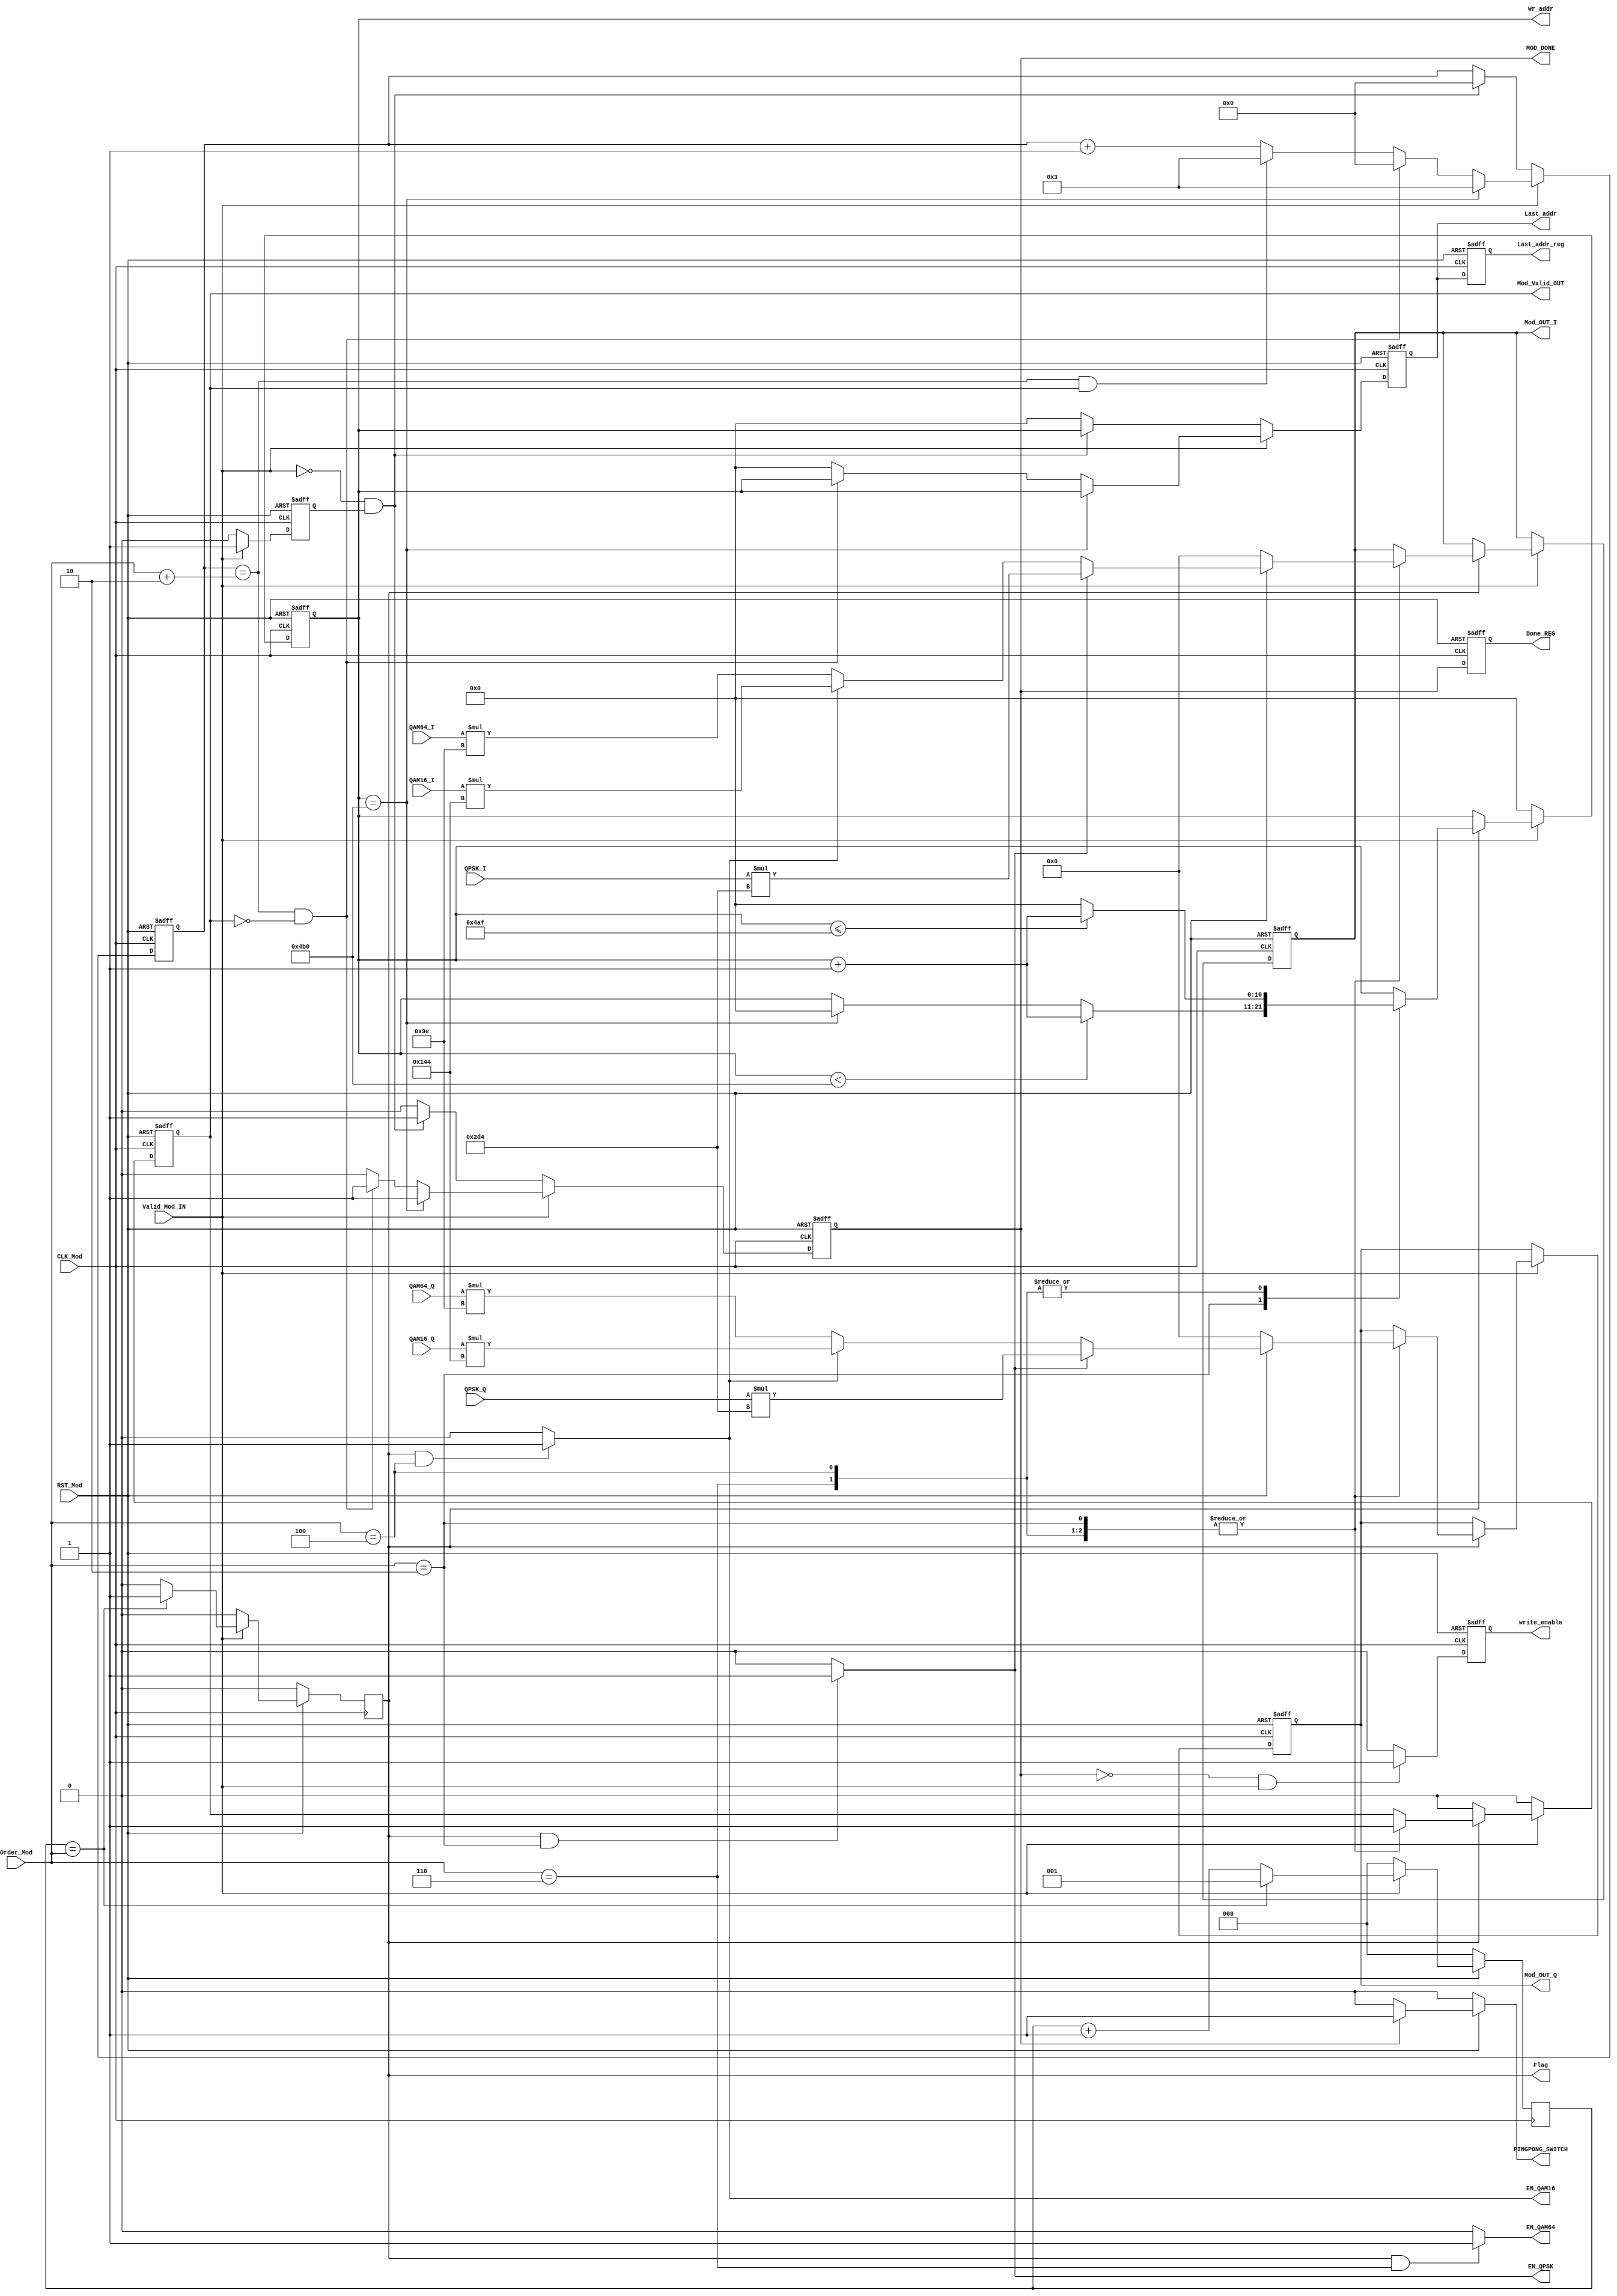
module Mod_Mapper#(parameter LUT_WIDTH = 18 , parameter OUT_WIDTH = 34 )(

    input wire CLK_Mod , 
    input wire RST_Mod , 
    input wire Valid_Mod_IN , 
    input wire [2:0] Order_Mod ,
    input wire signed [LUT_WIDTH-1:0] QPSK_I ,
    input wire signed [LUT_WIDTH-1:0] QPSK_Q ,
    input wire signed [LUT_WIDTH-1:0] QAM16_I,
    input wire signed [LUT_WIDTH-1:0] QAM16_Q,
    input wire signed [LUT_WIDTH-1:0] QAM64_I,
    input wire signed [LUT_WIDTH-1:0] QAM64_Q,
    
    output wire EN_QPSK , 
    output wire EN_QAM16 ,
    output wire EN_QAM64 ,

    output reg Flag ,
    output reg Mod_Valid_OUT ,
    output reg [10:0] Wr_addr ,  
    output reg write_enable , 
    output reg MOD_DONE , 
    output reg [10:0] Last_addr , 
    output reg signed [LUT_WIDTH-1:0] Mod_OUT_I , 
    output reg signed [LUT_WIDTH-1:0] Mod_OUT_Q , 
    output reg Done_REG , 
    output reg [10:0] Last_addr_reg , 
    output reg PINGPONG_SWITCH 

);

reg [2:0] Counter ; 
reg signed [OUT_WIDTH-1:0] I_reg ;
reg signed [OUT_WIDTH-1:0] Q_reg ;
reg [3:0] PingPong_Counter ;
reg Valid_reg ;  

localparam signed [LUT_WIDTH-1:0] QPSK_Fac =  'd724;
localparam signed [LUT_WIDTH-1:0] QAM16_Fac = 'd324;
localparam signed [LUT_WIDTH-1:0] QAM64_Fac = 'd158;


always@(posedge CLK_Mod) begin
   if(!RST_Mod) begin
        Counter <= 0 ;
        Flag <= 0 ;
   end
   else if (Valid_Mod_IN ==1 ) begin        
        if (Counter == Order_Mod) begin
            Flag <= 1 ; 
            Counter <= 1 ;
        end
        else begin
            Counter <= Counter + 1'b1 ;
            Flag <= 0 ;
        end    
   end else begin            
            Counter <= 0;
            Flag <= 0 ;
   end
end

always@(posedge CLK_Mod or negedge RST_Mod) begin
   if(!RST_Mod) begin 
        PingPong_Counter <= 0 ; 
        MOD_DONE <= 0 ;   
        Last_addr <= 0 ; 

   end
   else if (Valid_Mod_IN == 1 ) begin        
            if(Wr_addr == 1200) begin
                PingPong_Counter <= 3 ; 
                MOD_DONE <= 1 ; 
                Last_addr <= Wr_addr ;   
            end
          else if ((PingPong_Counter == Order_Mod+2) && !Mod_Valid_OUT) begin 
                PingPong_Counter <= 0 ; 
                MOD_DONE <= 1 ;  
                Last_addr <= Wr_addr ;

          end else if ((PingPong_Counter == Order_Mod+2) && Mod_Valid_OUT) begin 
                PingPong_Counter <= 3 ; 
                MOD_DONE <= 0 ;  
                Last_addr <= 0 ;

          end
          else begin  
                PingPong_Counter <= PingPong_Counter +1 ; 
                MOD_DONE <= 0 ;   
                Last_addr <= 0 ;

          end
   end 
   else if ( (!Valid_Mod_IN) && (Valid_reg) ) begin 
                PingPong_Counter <= 0 ; 
                MOD_DONE <= 1 ;  
                Last_addr <= Wr_addr ; 
   end
   else
        begin
            MOD_DONE <= 0;
            Last_addr <= 0;
        end    
end

always@(*) begin 

    if(!RST_Mod)
        PINGPONG_SWITCH = 0 ;  
    else if (MOD_DONE) 
        PINGPONG_SWITCH =1 ;     
    else 
        PINGPONG_SWITCH = 0 ; 
end    



always@(posedge CLK_Mod or negedge RST_Mod) begin
    if(!RST_Mod) begin
        Mod_OUT_I <= 0 ;
        Mod_OUT_Q <= 0 ;

        Mod_Valid_OUT <= 0 ; 
        Wr_addr <= 'b0 ;    
    end
    
    else if (!Valid_Mod_IN) begin 
        Wr_addr <= 'b0 ;    
        Mod_Valid_OUT <= 0 ; 
 
    end    
  else if (Valid_Mod_IN ) begin
     if (Flag)begin
        case(Order_Mod)
        2: begin 

            Mod_OUT_I <=  I_reg[LUT_WIDTH-1:0] ;
            Mod_OUT_Q <=  Q_reg[LUT_WIDTH-1:0]  ;
            Mod_Valid_OUT <= 1'b1 ;
            if(Wr_addr < 1200) begin
                  Wr_addr <= Wr_addr + 1 ; 
            end else if (Wr_addr == 1200) begin 
                  Wr_addr <= 0 ;   
            end    
                
        end
        4 : begin 
              
            Mod_OUT_I <=  I_reg[LUT_WIDTH-1:0] ;
            Mod_OUT_Q <=  Q_reg[LUT_WIDTH-1:0]  ;            
            Mod_Valid_OUT <= 1'b1 ;
            if(Wr_addr <=1199) begin
                    Wr_addr <= Wr_addr + 1 ; 
            end else begin 
                  Wr_addr <= 0 ;   
            end  

        end

        6 :  begin 
            Mod_OUT_I <=  I_reg[LUT_WIDTH-1:0] ;
            Mod_OUT_Q <=  Q_reg[LUT_WIDTH-1:0]  ;
            Mod_Valid_OUT <= 1'b1 ;
            if(Wr_addr <=1199) begin
                    Wr_addr <= Wr_addr + 1 ; 
            end else begin 
                  Wr_addr <= 0 ;   
            end  

        end

        endcase

    end   
    else begin
             Mod_Valid_OUT <= 0 ;
    end    
end 

end

assign EN_QPSK = ((Flag==1) && (Order_Mod == 2))? 1'b1 :1'b0;
assign EN_QAM16 = ((Flag==1) && (Order_Mod == 4))? 1'b1 :1'b0;
assign EN_QAM64 = ((Flag==1) && (Order_Mod == 6))? 1'b1 :1'b0;
always@(*)begin
    if(!RST_Mod) begin 
        I_reg = 'b0 ; 
        Q_reg = 'b0 ; 
    end    
    else if(EN_QPSK) begin 
      I_reg =  QPSK_I * QPSK_Fac;
      Q_reg =QPSK_Q * QPSK_Fac;
    end else if(EN_QAM16) begin    
       I_reg = QAM16_I * QAM16_Fac ;
       Q_reg = QAM16_Q * QAM16_Fac;
   end else if(EN_QAM64)  begin
        I_reg = QAM64_I * QAM64_Fac ; 
        Q_reg =  QAM64_Q * QAM64_Fac ; 
    end
    else begin 
        I_reg = QAM64_I * QAM64_Fac ; 
        Q_reg =  QAM64_Q * QAM64_Fac ; 
    end   
end 


always@(posedge CLK_Mod  or negedge RST_Mod) begin 
    if(!RST_Mod)
        write_enable <= 0 ; 
    else if(!MOD_DONE && Valid_Mod_IN)
        write_enable <= 1 ;
     else
        write_enable <= 0 ;    
end

always@(posedge CLK_Mod  or negedge RST_Mod) begin 
    if(!RST_Mod)
        Valid_reg <= 0 ; 
    else if(Valid_Mod_IN)
        Valid_reg <= Valid_Mod_IN ;
     else
        Valid_reg <= 0 ;    
end

always@(posedge CLK_Mod  or negedge RST_Mod) begin 
    if(!RST_Mod) begin 
        Done_REG <= 0 ; 
    end else begin 
        Done_REG <= MOD_DONE ;
    end    
end
always@(posedge CLK_Mod  or negedge RST_Mod) begin 
    if(!RST_Mod) begin 
        Last_addr_reg <= 0 ; 
    end else begin 
            Last_addr_reg <= Last_addr ; 
    end    
end
endmodule